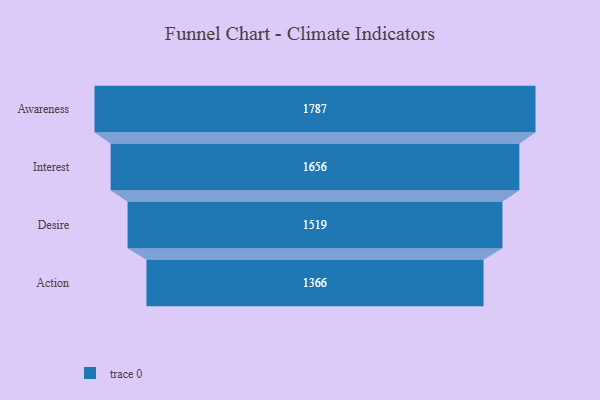
{"axis": {"x": "Stage", "y": "Value"}, "legend": [""], "data": [{"x": "Awareness", "y": 1787.0, "type": ""}, {"x": "Interest", "y": 1656.0, "type": ""}, {"x": "Desire", "y": 1519.0, "type": ""}, {"x": "Action", "y": 1366.0, "type": ""}]}